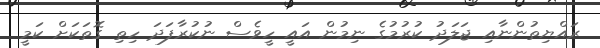
ރައްޔިތުންނާއި ޖަލަދު ކުރުމުގެ ނިމުން އައީ ހީވެސް ނުކުރާފަދަ ހިތި ގޮތަކަށް ކަމީ